system: You are a helpful assistant.
user:
Analyze the provided spectrum to determine if it is a **S-type Star**.

- **Key Indicators for S-type Star:**

    - **(Overall Spectrum Shape):** The first and most obvious characteristic is the overall continuum (the "baseline" shape). It is **extremely "red-sloping,"** meaning the flux (light intensity) is very low on the left side (blue, ~4000-4500 Å) and rises steeply and continuously toward the right side (red, ~7000 Å+).

    - **(Primary):** The spectrum is defined by the presence of strong, broad molecular absorption "valleys" (bands) from **Zirconium Oxide (ZrO)**. The identification of these bands is the **primary requirement** for classifying a star as S-type.
        - **(Key Bandheads):** You must find distinct, deep "dips" where the light has been absorbed. The most critical band systems to locate are:
            - **~6474 Å** ($\gamma$-system): This is often the strongest and clearest ZrO feature, found in the red part of the spectrum.
            - **~5718 Å** & **~5551 Å** ($\beta$-system): A pair of prominent absorption features in the yellow-orange part of the spectrum.
            - **~4640 Å** ($\alpha$-system): A key absorption band system in the blue-green region of the spectrum.

    - **(Secondary Confirmation):** The classification is strengthened by finding additional absorption bands from other related heavy element oxides, which are expected to be present alongside ZrO.
        - **(Key Bandheads):**
            - **Yttrium Oxide (YO):** Look for absorption dips near **~4800 Å** and **~6100 Å**.
            - **Lanthanum Oxide (LaO):** Additional absorption features, particularly in the red-orange part of the spectrum, are also characteristic.

    - **(Line Profile):** The combination of the steep red continuum and these numerous, deep molecular bands (ZrO, YO, etc.) gives the entire spectrum a very **"chopped-up"** or **"bumpy"** appearance. Instead of a smooth curve, the spectrum looks as though large, wide chunks of light have been "carved out" of it at the specific wavelengths listed above.

Think first, call **spectral_visualization_tool** if needed to examine features in detail, then provide your final answer. Your response must adhere to the following strict rules:
1.  **Overall Structure:** Your response must follow the format `<think>...</think> <tool_call>...</tool_call> (if a tool is used) <answer>...</answer>`.
2.  **Tool Usage Constraint:** You may only make **one** tool call per turn.
3.  **Final Answer Format:** In the `<answer>` tag, your conclusion must be inside a `\boxed{}` command (e.g., `\boxed{YES}` or `\boxed{NO}`), followed by your justification.

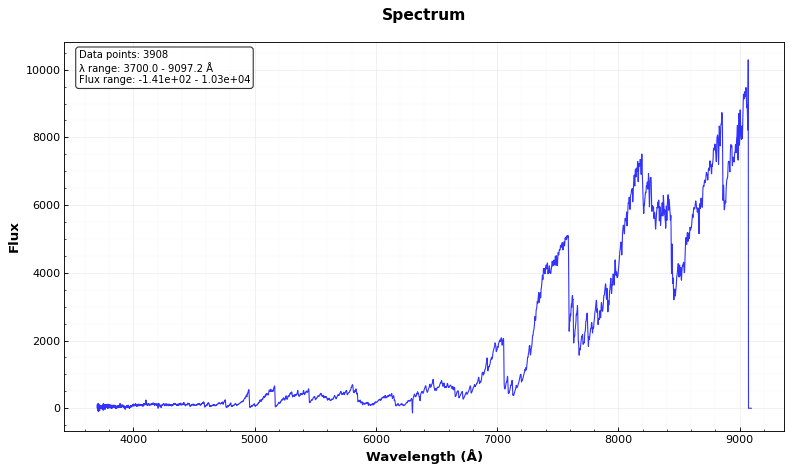
Answer: YES